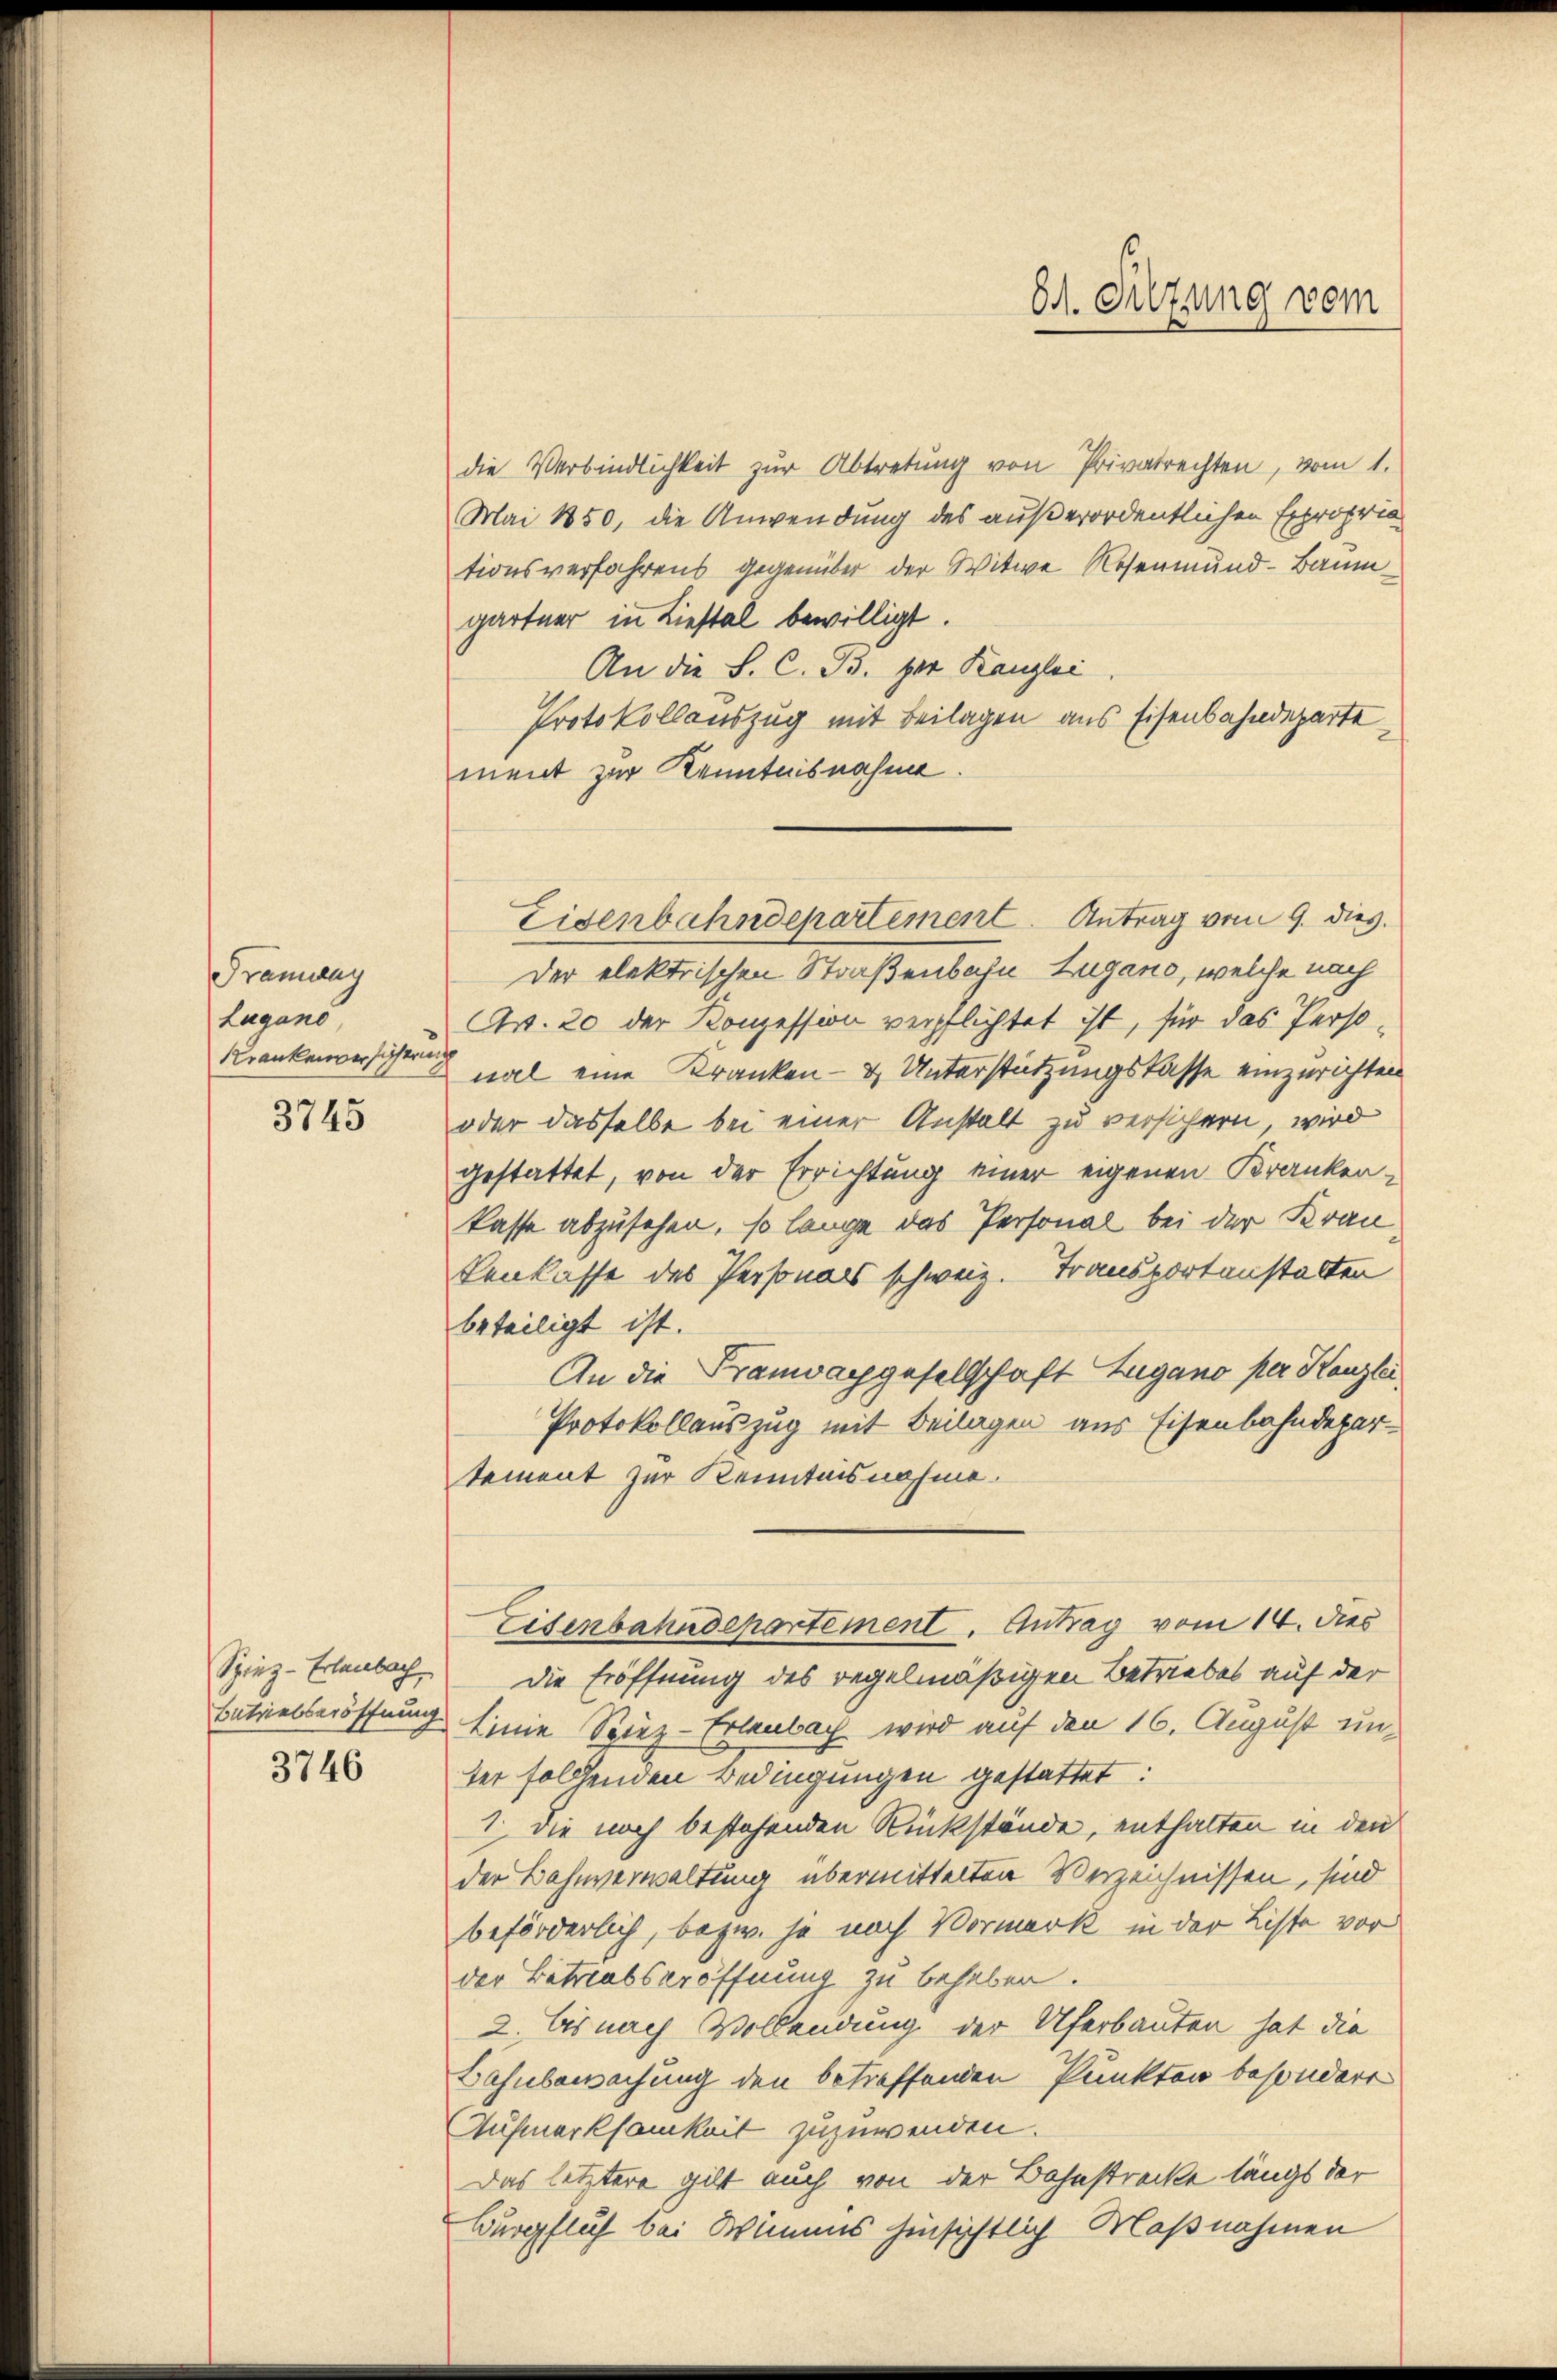
Tramway
Lugano,
Krankenversicherung

3745

Spiez-Erlenbach

3746

die Verbindlichkeit zŭr Abtretung von Privatrechten, vom 1.
Mai 1850, die Anwendung des außerordentlichen Expropria
tionsverfahrens gegenüber der Witwe Rosenmund-Baum
gärtner in Liestal bewilligt.
An die L. C. B. der Kanzlei
Protokollauszug mit Beilagen aus Eisenbahndeparte
ment zur Kenntnisnahme
der elektrischen Straßenbahn Zugano, welche nach
Ar. 20 der Konzession verpflichtet ist, für das Personal eine Kranken- & Unterstützungskasse einzurichten
oder dasselbe bei einer Anstalt zu versichern wird
gestattet, von der Errichtung einer eigenen Krankenkasse abzusehen, so lange das Personal bei der Krankenkasse des Personals schweiz. Transportanstalten
beteiligt ist.
An die Franwachgesellschaft Lugano per Kanzlei
Protokollauszug mit Beilagen aus Eisenbahndepar-
tement zur Kenntnisnahme.
Eisenbahndepartement. Antrag vom 14. dies
die Eröffnung des regelmäßigen Betriebes auf der
Entrielseröffnung Einie Spiez-Erlenbach wird auf den 16. August unser folgenden Bedingungen gestattet:
1. Die noch bestehenden Rückstände, enthalten in den
der Bahnverwaltung übermittelten Verzeichnissen, sind
beförderlich, bezw. ja nach Vormerk in der Liste vor
der Betriebseröffnung zu behaben.
2. bis nach Vollendung der Uferbauten hat die
Bahnbewachung den betreffenden Punkten besondert
Aufmerksamkeit zuzuwenden.
Das letztere gilt auch von der Bahnstrecke längs der
Burpflich bei Wimms hinsichtlich Maßnahmen

Eisenbahndepartement. Antrag vom 9. dies.

8t. Sitzung vom